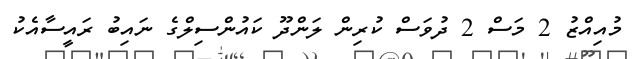
މުއިއްޒު 2 މަސް 2 ދުވަސް ކުރިން ލަންދޫ ކައުންސިލްގެ ނައިބު ރައީސާއެކު